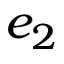
e _ { 2 }